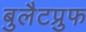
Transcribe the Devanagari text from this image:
बुलैटप्रुफ